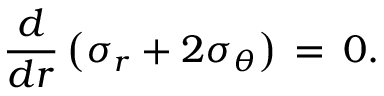
\frac { d } { d r } \left( \sigma _ { r } + 2 \sigma _ { \theta } \right) \, = \, 0 .